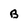
Character: B